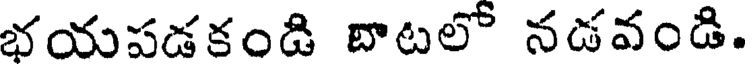
భయపడకండి బాటలో నడవండి.